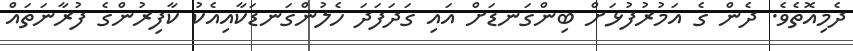
ދެމިއޮތެވެ. ދެން ގެ އަމުރުފުޅަށް ބިންގަނޑަށް އައި ގަދަފަދަ ހެލުންގަނޑަކާއިއެކު ކާފިރުންގެ ފުރާނަތައް